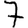
Digit: 7